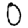
Digit: 0